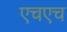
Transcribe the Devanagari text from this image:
एचएच